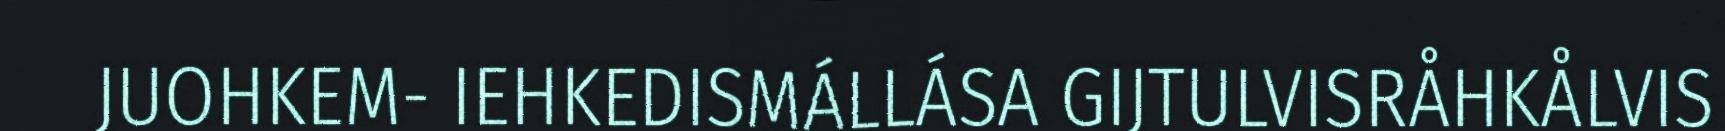
JUOHKEM- IEHKEDISMÁLLÁSA GIJTULVISRÅHKÅLVIS